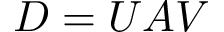
D = U A V